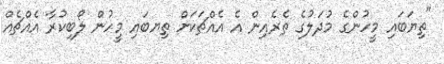
"ތިޔަބައި މީހުންގެ މުދަލުގެ ތެރެއިން އެ އެއްޗަކަށް ތިޔބައި މީހުން ލޯބިކުރާ އެއްޗެއް